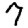
Digit: 7